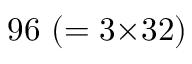
9 6 ~ ( = 3 { \times } 3 2 )